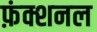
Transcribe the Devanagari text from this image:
फ़ंक्शनल